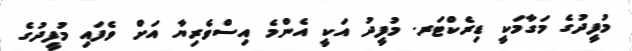
މުފީދުގެ މަގާމަކީ ޑިރެކްޓަރ. މުފީދު އަކީ އެންމެ އިސްވެރިޔާ އަށް ވެފައި މުފީދުގެ